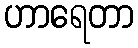
ဟာရေတာ